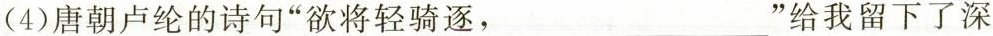
(4)唐朝卢纶的诗句”欲将轻骑逐，___”给我留下了深